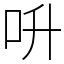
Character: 呏